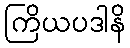
ကြိယပဒါနိ